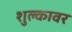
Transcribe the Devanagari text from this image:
शुल्कावर